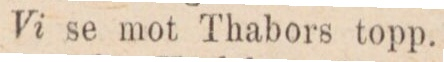
Vi se mot Thabors topp.